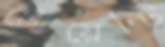
টোয়েন্টি